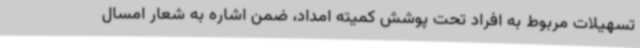
تسهیلات مربوط به افراد تحت پوشش کمیته امداد، ضمن اشاره به شعار امسال